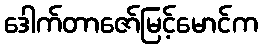
ဒေါက်တာဇော်မြင့်မောင်က